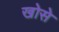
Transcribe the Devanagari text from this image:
खोसे